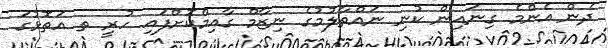
ދެން އެންމެ ގިނައިން ކުނި ނައްތާލުމުގެ ނިޒާމް ގާއިމްކޮށްފައި ހުރީ ތ އަތޮޅުގަ